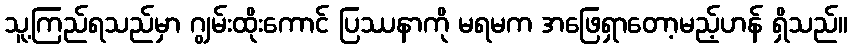
သူ့ကြည်ရသည်မှာ ဂျွမ်းထိုးကောင် ပြဿနာကို မရမက အဖြေရှာတော့မည့်ဟန် ရှိသည်။